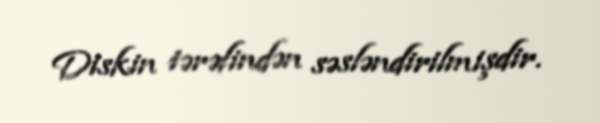
Diskin tərəfindən səsləndirilmişdir.